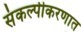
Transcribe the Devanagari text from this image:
संकल्पीकरणात